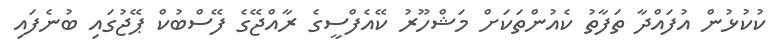
ކުކުޅުން އުފައްދާ ތަފާތު ކެއުންތަކަށް މަޝްހޫރު ކޭއެފްސީގެ ރާއްޖޭގެ ފޭސްބުކް ޕޭޖުގައި ބުނެފައި